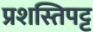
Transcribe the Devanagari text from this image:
प्रशस्तिपट्ट